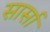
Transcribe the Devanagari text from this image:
सार्सा